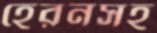
হেরনসহ